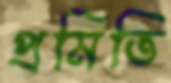
প্রমিতি